Indian journal of veterinary science and animal husbandry - Volume 13,
Year: 1943
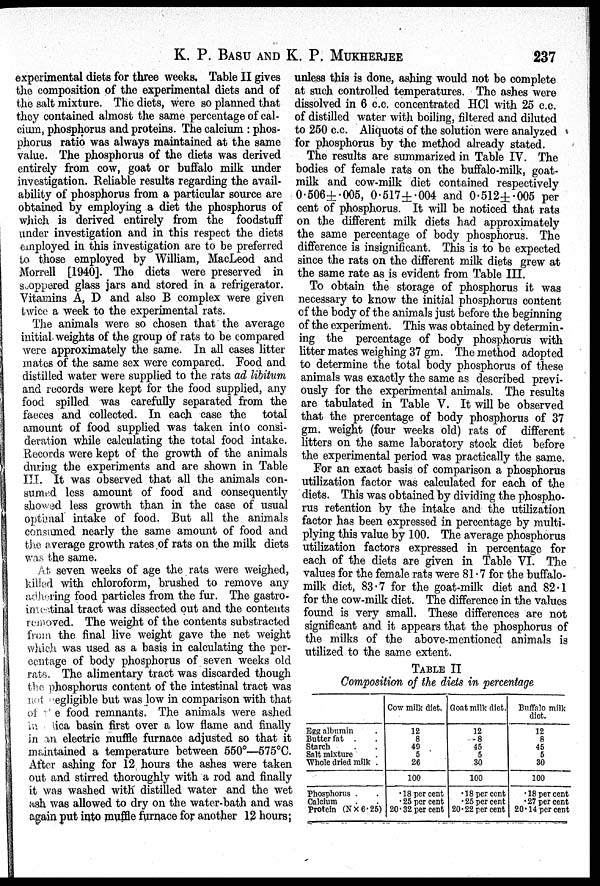
K. P. BASU AND K. P.
MUKHERJEE
237
experimental diets for three weeks. Table II gives
the composition of the experimental diets and of
the salt mixture. The diets, were so planned that
they contained almost the same percentage of cal-
cium, phosphorus and proteins. The calcium : phos-
phorus ratio was always maintained at the same
value. The phosphorus of the diets was derived
entirely from cow, goat or buffalo milk under
investigation. Reliable results regarding the avail-
ability of phosphorus from a particular source are
obtained by employing a diet the phosphorus of
which is derived entirely from the foodstuff
under investigation and in this respect the diets
employed in this investigation are to be preferred
to those employed by William, MacLeod and
Morrell [1940]. The diets were preserved in
suoppered glass jars and stored in a refrigerator.
Vitamins A, D and also B complex were given
twice a week to the experimental rats.
The animals were so chosen that the average
initial weights of the group of rats to be compared
were approximately the same. In all cases litter
mates of the same sex were compared. Food and
distilled water were supplied to the rats ad libitum
and records were kept for the food supplied, any
food spilled was carefully separated from the
faeces and collected. In each case the total
amount of food supplied was taken into consi-
deration while calculating the total food intake.
Records were kept of the growth of the animals
during the experiments and are shown in Table
III. It was observed that all the animals con-
sumed less amount of food and consequently
showed less growth than in the case of usual
optimal intake of food. But all the animals
consumed nearly the same amount of food and
the average growth rates of rats on the milk diets
was the same.
At seven weeks of age the rats were weighed,
killed with chloroform, brushed to remove any
adhering food particles from the fur. The gastro-
intestinal tract was dissected out and the contents
removed. The weight of the contents substracted
from the final live weight gave the net weight
which was used as a basis in calculating the per-
centage of body phosphorus of seven weeks old
rats. The alimentary tract was discarded though
the phosphorus content of the intestinal tract was
not negligible but was low in comparison with that
of the food remnants. The animals were ashed
in ica basin first over a low flame and finally
in an electric muffle furnace adjusted so that it
maintained a temperature between 550º—575ºC.
After ashing for 12 hours the ashes were taken
out and stirred thoroughly with a rod and finally
it was washed with distilled water and the wet
ash was allowed to dry on the water-bath and was
again put into muffle furnace for another 12 hours ;
unless this is done, ashing would not be complete
at such controlled temperatures. The ashes were
dissolved in 6 c.c. concentrated HCl with 25 c.c.
of distilled water with boiling, filtered and diluted
to 250 c.c. Aliquots of the solution were analyzed
for phosphorus by the method already stated.
The results are summarized in Table IV. The
bodies of female rats on the buffalo-milk, goat-
milk and cow-milk diet contained respectively
0.506±.005, 0.517±.004 and 0.512±.005 per
cent of phosphorus. It will be noticed that rats
on the different milk diets had approximately
the same percentage of body phosphorus. The
difference is insignificant. This is to be expected
since the rats on the different milk diets grew at
the same rate as is evident from Table III.
To obtain the storage of phosphorus it was
necessary to know the initial phosphorus content
of the body of the animals just before the beginning
of the experiment. This was obtained by determin-
ing the percentage of body phosphorus with
litter mates weighing 37 gm. The method adopted
to determine the total body phosphorus of these
animals was exactly the same as described previ-
ously for the experimental animals. The results
are tabulated in Table V. It will be observed
that the prercentage of body phosphorus of 37
gm. weight (four weeks old) rats of different
litters on the same laboratory stock diet before
the experimental period was practically the same.
For an exact basis of comparison a phosphorus
utilization factor was calculated for each of the
diets. This was obtained by dividing the phospho-
rus retention by the intake and the utilization
factor has been expressed in percentage by multi-
plying this value by 100. The average phosphorus
utilization factors expressed in percentage for
each of the diets are given in Table VI. The
values for the female rats were 81.7 for the buffalo-
milk diet, 83.7 for the goat-milk diet and 82.1
for the cow-milk diet. The difference in the values
found is very small. These differences are not
significant and it appears that the phosphorus of
the milks of the above-mentioned animals is
utilized to the same extent.
TABLE II
Composition of the diets in percentage
Egg albumin .
Butter fat . .
Starch . .
Salt mixture .
Whole dried milk .
Phosphorus . .
Calcium . .
Protein (N × 6.25)
Cow milk diet.
12
8
49
5
26
100
. 18 per cent
. 25 per cent
20.32 per cent
Goat milk diet.
12
8
45
5
30
100
. 18 per cent
. 25 per cent
20.22 per cent
Buffalo milk
diet.
12
8
45
5
30
100
.18 per cent
.27 per cent
20.14 per cent